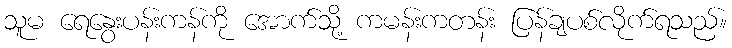
သူမ ရေနွေးပန်းကန်ကို အောက်သို့ ကမန်းကတန်း ပြန်ချပစ်လိုက်ရသည်။